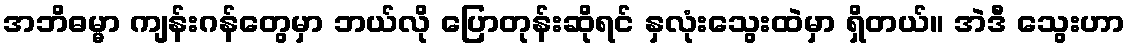
အဘိဓမ္မာ ကျန်းဂန်တွေမှာ ဘယ်လို ပြောတုန်းဆိုရင် နှလုံးသွေးထဲမှာ ရှိတယ်။ အဲဒီ သွေးဟာ